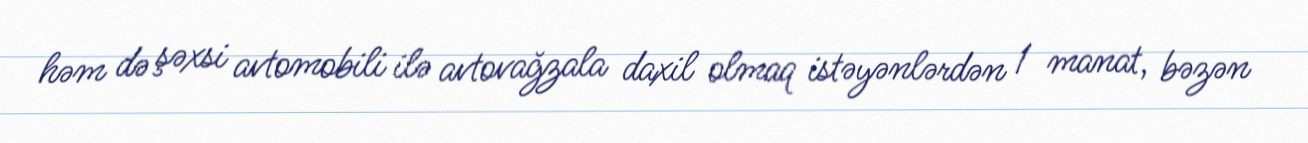
həm də şəxsi avtomobili ilə avtovağzala daxil olmaq istəyənlərdən 1 manat, bəzən